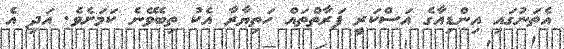
އެތަނުގައި އިންޑިއާގެ އަސްކަރީ ފަރާތްތައް ހަތިޔާރާ އެކު ތިބެވޭނެ ކަމަށެވެ. އަދި އެ